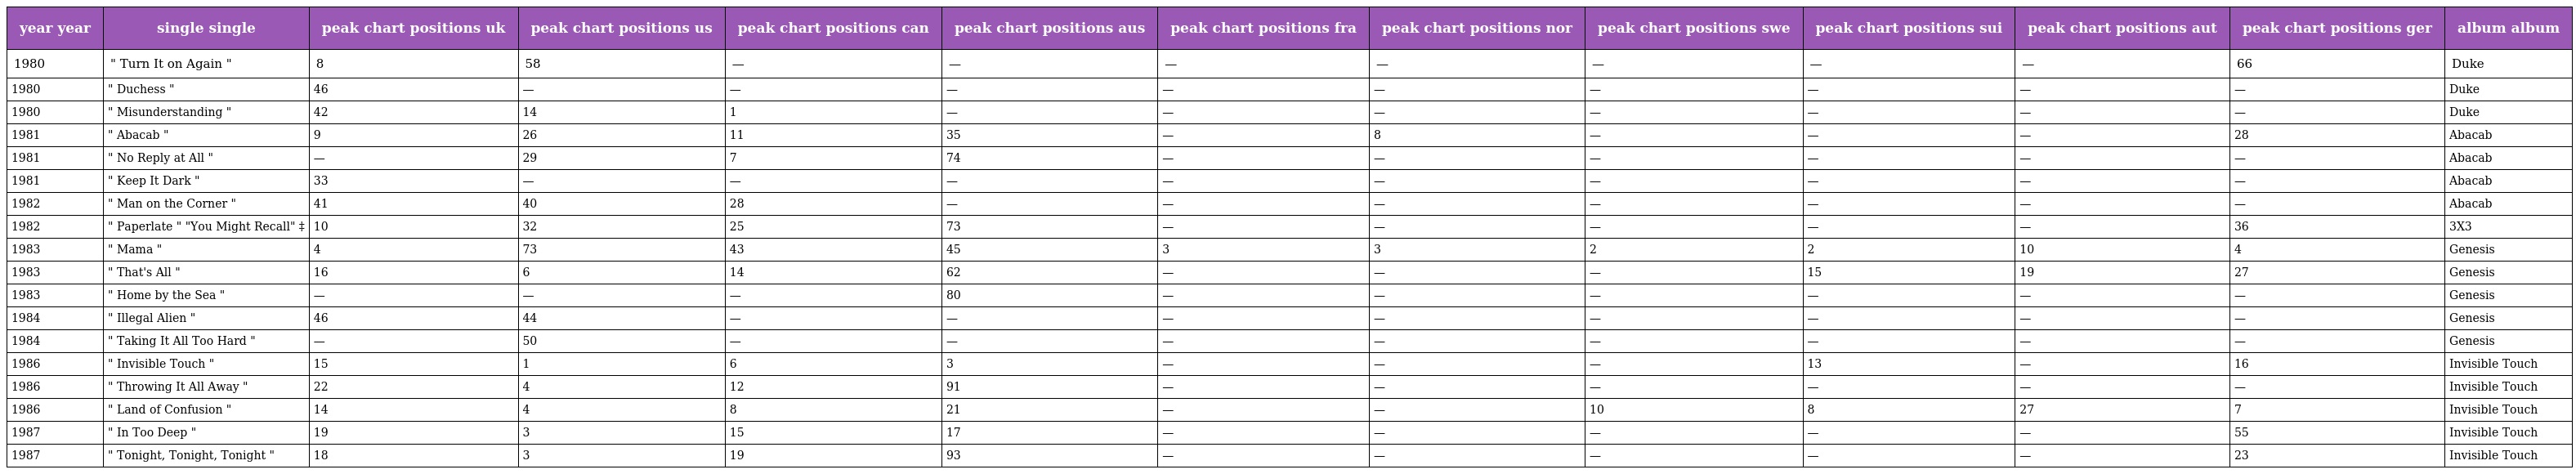
| year year | single single | peak chart positions uk | peak chart positions us | peak chart positions can | peak chart positions aus | peak chart positions fra | peak chart positions nor | peak chart positions swe | peak chart positions sui | peak chart positions aut | peak chart positions ger | album album |
 | --- | --- | --- | --- | --- | --- | --- | --- | --- | --- | --- | --- | --- |
 | 1980 | " Turn It on Again " | 8 | 58 | — | — | — | — | — | — | — | 66 | Duke |
 | 1980 | " Duchess " | 46 | — | — | — | — | — | — | — | — | — | Duke |
 | 1980 | " Misunderstanding " | 42 | 14 | 1 | — | — | — | — | — | — | — | Duke |
 | 1981 | " Abacab " | 9 | 26 | 11 | 35 | — | 8 | — | — | — | 28 | Abacab |
 | 1981 | " No Reply at All " | — | 29 | 7 | 74 | — | — | — | — | — | — | Abacab |
 | 1981 | " Keep It Dark " | 33 | — | — | — | — | — | — | — | — | — | Abacab |
 | 1982 | " Man on the Corner " | 41 | 40 | 28 | — | — | — | — | — | — | — | Abacab |
 | 1982 | " Paperlate " "You Might Recall" ‡ | 10 | 32 | 25 | 73 | — | — | — | — | — | 36 | 3X3 |
 | 1983 | " Mama " | 4 | 73 | 43 | 45 | 3 | 3 | 2 | 2 | 10 | 4 | Genesis |
 | 1983 | " That's All " | 16 | 6 | 14 | 62 | — | — | — | 15 | 19 | 27 | Genesis |
 | 1983 | " Home by the Sea " | — | — | — | 80 | — | — | — | — | — | — | Genesis |
 | 1984 | " Illegal Alien " | 46 | 44 | — | — | — | — | — | — | — | — | Genesis |
 | 1984 | " Taking It All Too Hard " | — | 50 | — | — | — | — | — | — | — | — | Genesis |
 | 1986 | " Invisible Touch " | 15 | 1 | 6 | 3 | — | — | — | 13 | — | 16 | Invisible Touch |
 | 1986 | " Throwing It All Away " | 22 | 4 | 12 | 91 | — | — | — | — | — | — | Invisible Touch |
 | 1986 | " Land of Confusion " | 14 | 4 | 8 | 21 | — | — | 10 | 8 | 27 | 7 | Invisible Touch |
 | 1987 | " In Too Deep " | 19 | 3 | 15 | 17 | — | — | — | — | — | 55 | Invisible Touch |
 | 1987 | " Tonight, Tonight, Tonight " | 18 | 3 | 19 | 93 | — | — | — | — | — | 23 | Invisible Touch |